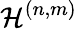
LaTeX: {\cal H}^{(n,m)}